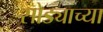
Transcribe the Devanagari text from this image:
सोड्याच्या